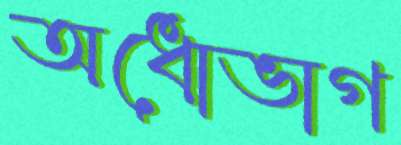
অধোভাগ